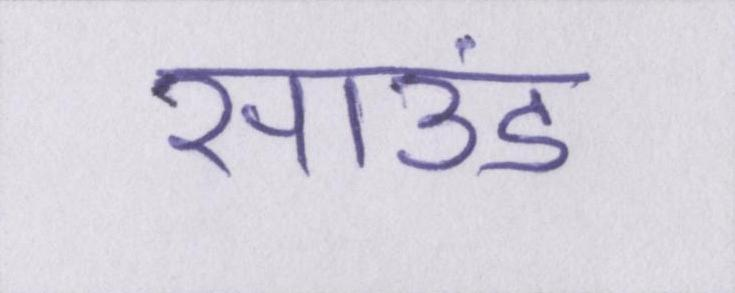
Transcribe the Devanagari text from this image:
साउंड